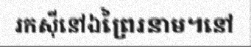
រកស៊ីនៅឯព្រៃរនាម។នៅ